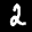
Label: 2